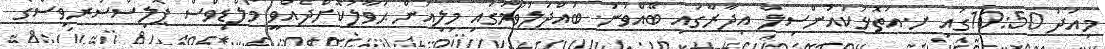
މިއަދު 10:50ގައި ށ.އަތޮޅުކައުންސިލް އިދާރާގައި ބޭއްވުނު ބައްދަލުވުމުގައި މިލިއުން ޙަވާލުކޮށްދެއްވީ މޯލްޑިވްސް ޕޮލިސްސަރވިސްގެ